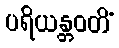
ပရိယန္တဝတိံ